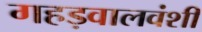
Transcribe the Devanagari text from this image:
गहड़वालवंशी